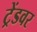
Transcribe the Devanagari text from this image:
ट्रेंडवर